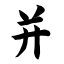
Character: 并